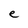
Character: e